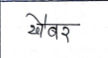
मजकूर: खैबर